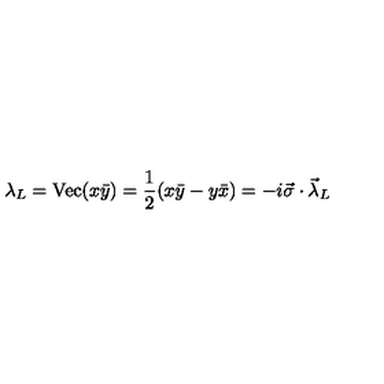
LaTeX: \lambda _ { L } = \mathrm { V e c } ( x \bar { y } ) = \frac { 1 } { 2 } ( x \bar { y } - y \bar { x } ) = - i \vec { \sigma } \cdot \vec { \lambda } _ { L }